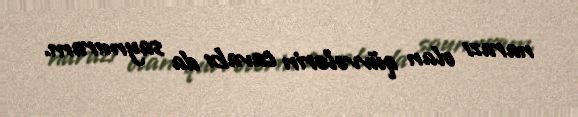
narazı olan qüvvələrin cavabı da saymıram.